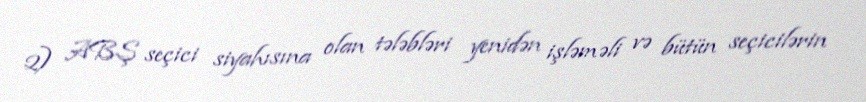
2) ABŞ seçici siyahısına olan tələbləri yenidən işləməli və bütün seçicilərin